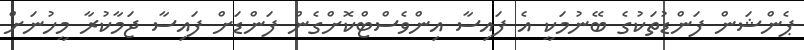
ޕެންޝަން ފަންޑުތަކުގެ ބޭނުމަކީ އެ ފައިސާ އިންވެސްޓްކޮށްގެން ފަންޑަށް ފައިސާ ޖަމާކުރާ މީހުނަށް